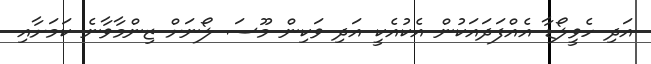
އަދި ހެވީލޯޑާ އެއްފަދައަކުން އެކުއެކީ އަދި ވަކިން މޫސަ ލޯނަށް ޒިންމާވާނެ ކަމަށާއި